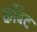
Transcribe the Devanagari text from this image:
कॉबेट